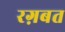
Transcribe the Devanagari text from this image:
रग़बत